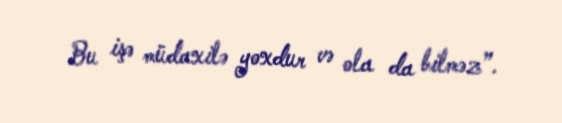
Bu işə müdaxilə yoxdur və ola da bilməz”.